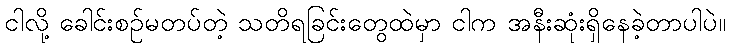
ငါလို့ ခေါင်းစဉ်မတပ်တဲ့ သတိရခြင်းတွေထဲမှာ ငါက အနီးဆုံးရှိနေခဲ့တာပါပဲ။